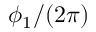
\phi _ { 1 } / ( 2 \pi )